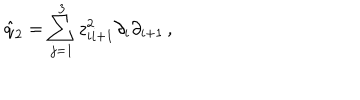
\hat { q } _ { 2 } = \sum _ { j = 1 } ^ { 3 } z _ { i i + 1 } ^ { 2 } \partial _ { i } \partial _ { i + 1 } \, ,